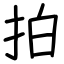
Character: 拍